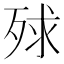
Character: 殏